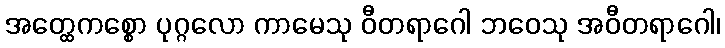
အတ္ထေကစ္စော ပုဂ္ဂလော ကာမေသု ဝီတရာဂေါ ဘဝေသု အဝီတရာဂေါ၊